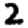
Digit: 2